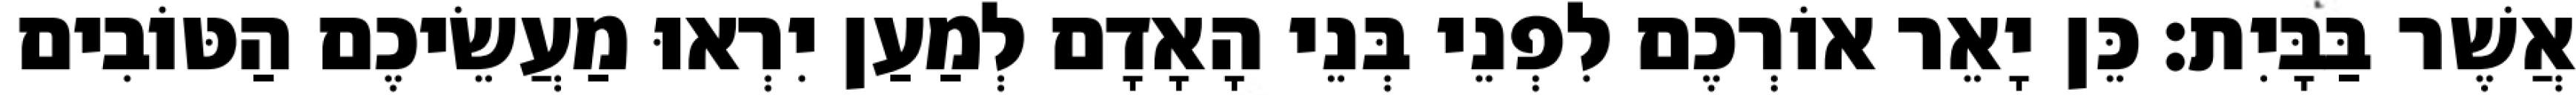
אֲשֶׁר בַּבָּיִת׃ כֵּן יָאֵר אוֹרְכֶם לִפְנֵי בְּנֵי הָאָדָם לְמַעַן יִרְאוּ מַעֲשֵׂיכֶם הַטּוֹבִים